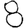
Digit: 8